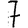
Digit: 7